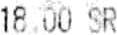
18.00 SR